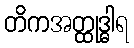
တိကအတ္ထုဒ္ဓါရ